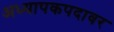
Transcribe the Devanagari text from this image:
अध्यापकपदावर